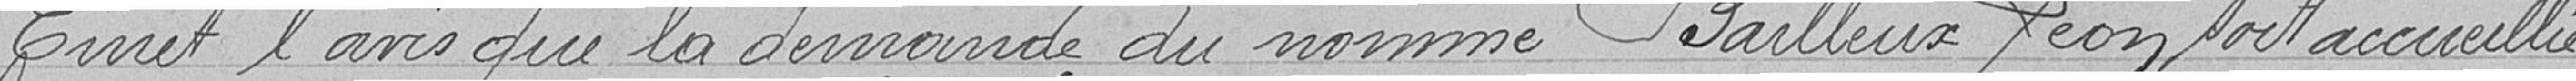
Emet l'avis que la demande du nommée Bailleuex Léon soit accueillie